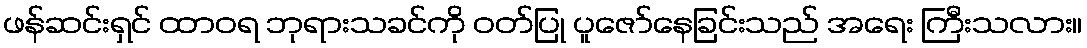
ဖန်ဆင်းရှင် ထာဝရ ဘုရားသခင်ကို ဝတ်ပြု ပူဇော်နေခြင်းသည် အရေး ကြီးသလား။